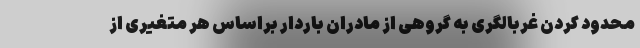
محدود کردن غربالگری به گروهی از مادران باردار براساس هر متغیری از